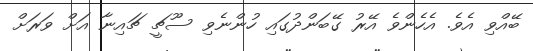
ބޭއްވި އެވެ. އެހެންވެ އޭރު ގޭބަންދުގައި ހުންނެވި ސޫޗީ ޗައިނާ އަށް ވަރަށް